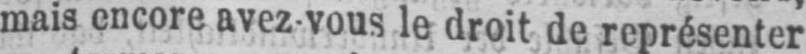
mais encore avez-vous le droit de représenter